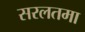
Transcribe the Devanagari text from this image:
सरलतमा